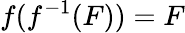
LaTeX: f(f^{-1}(F))=F